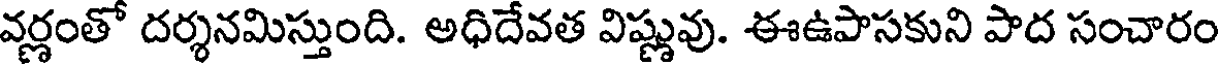
వర్ణంతో దర్శనమిస్తుంది. అధిదేవత విష్ణువు. ఈఉపాసకుని పాద సంచారం